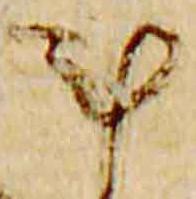
計